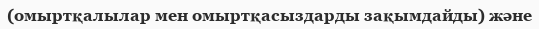
(омыртқалылар мен омыртқасыздарды зақымдайды) және